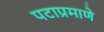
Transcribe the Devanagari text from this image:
पटाप्रमाणे